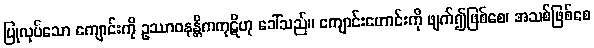
ပြုလုပ်သော ကျောင်းကို ဥဿာဝနန္တိကကုဋိဟု ခေါ်သည်။ ကျောင်းဟောင်းကို ဖျက်၍ဖြစ်စေ၊ အသစ်ဖြစ်စေ